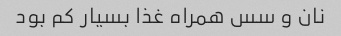
نان و سس همراه غذا بسیار کم بود